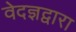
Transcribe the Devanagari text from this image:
वेदज्ञद्वारा